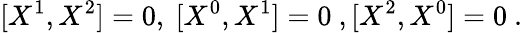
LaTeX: [X^{1},X^{2}]=0,\ [X^{0},X^{1}]=0\ ,[X^{2},X^{0}]=0\ .